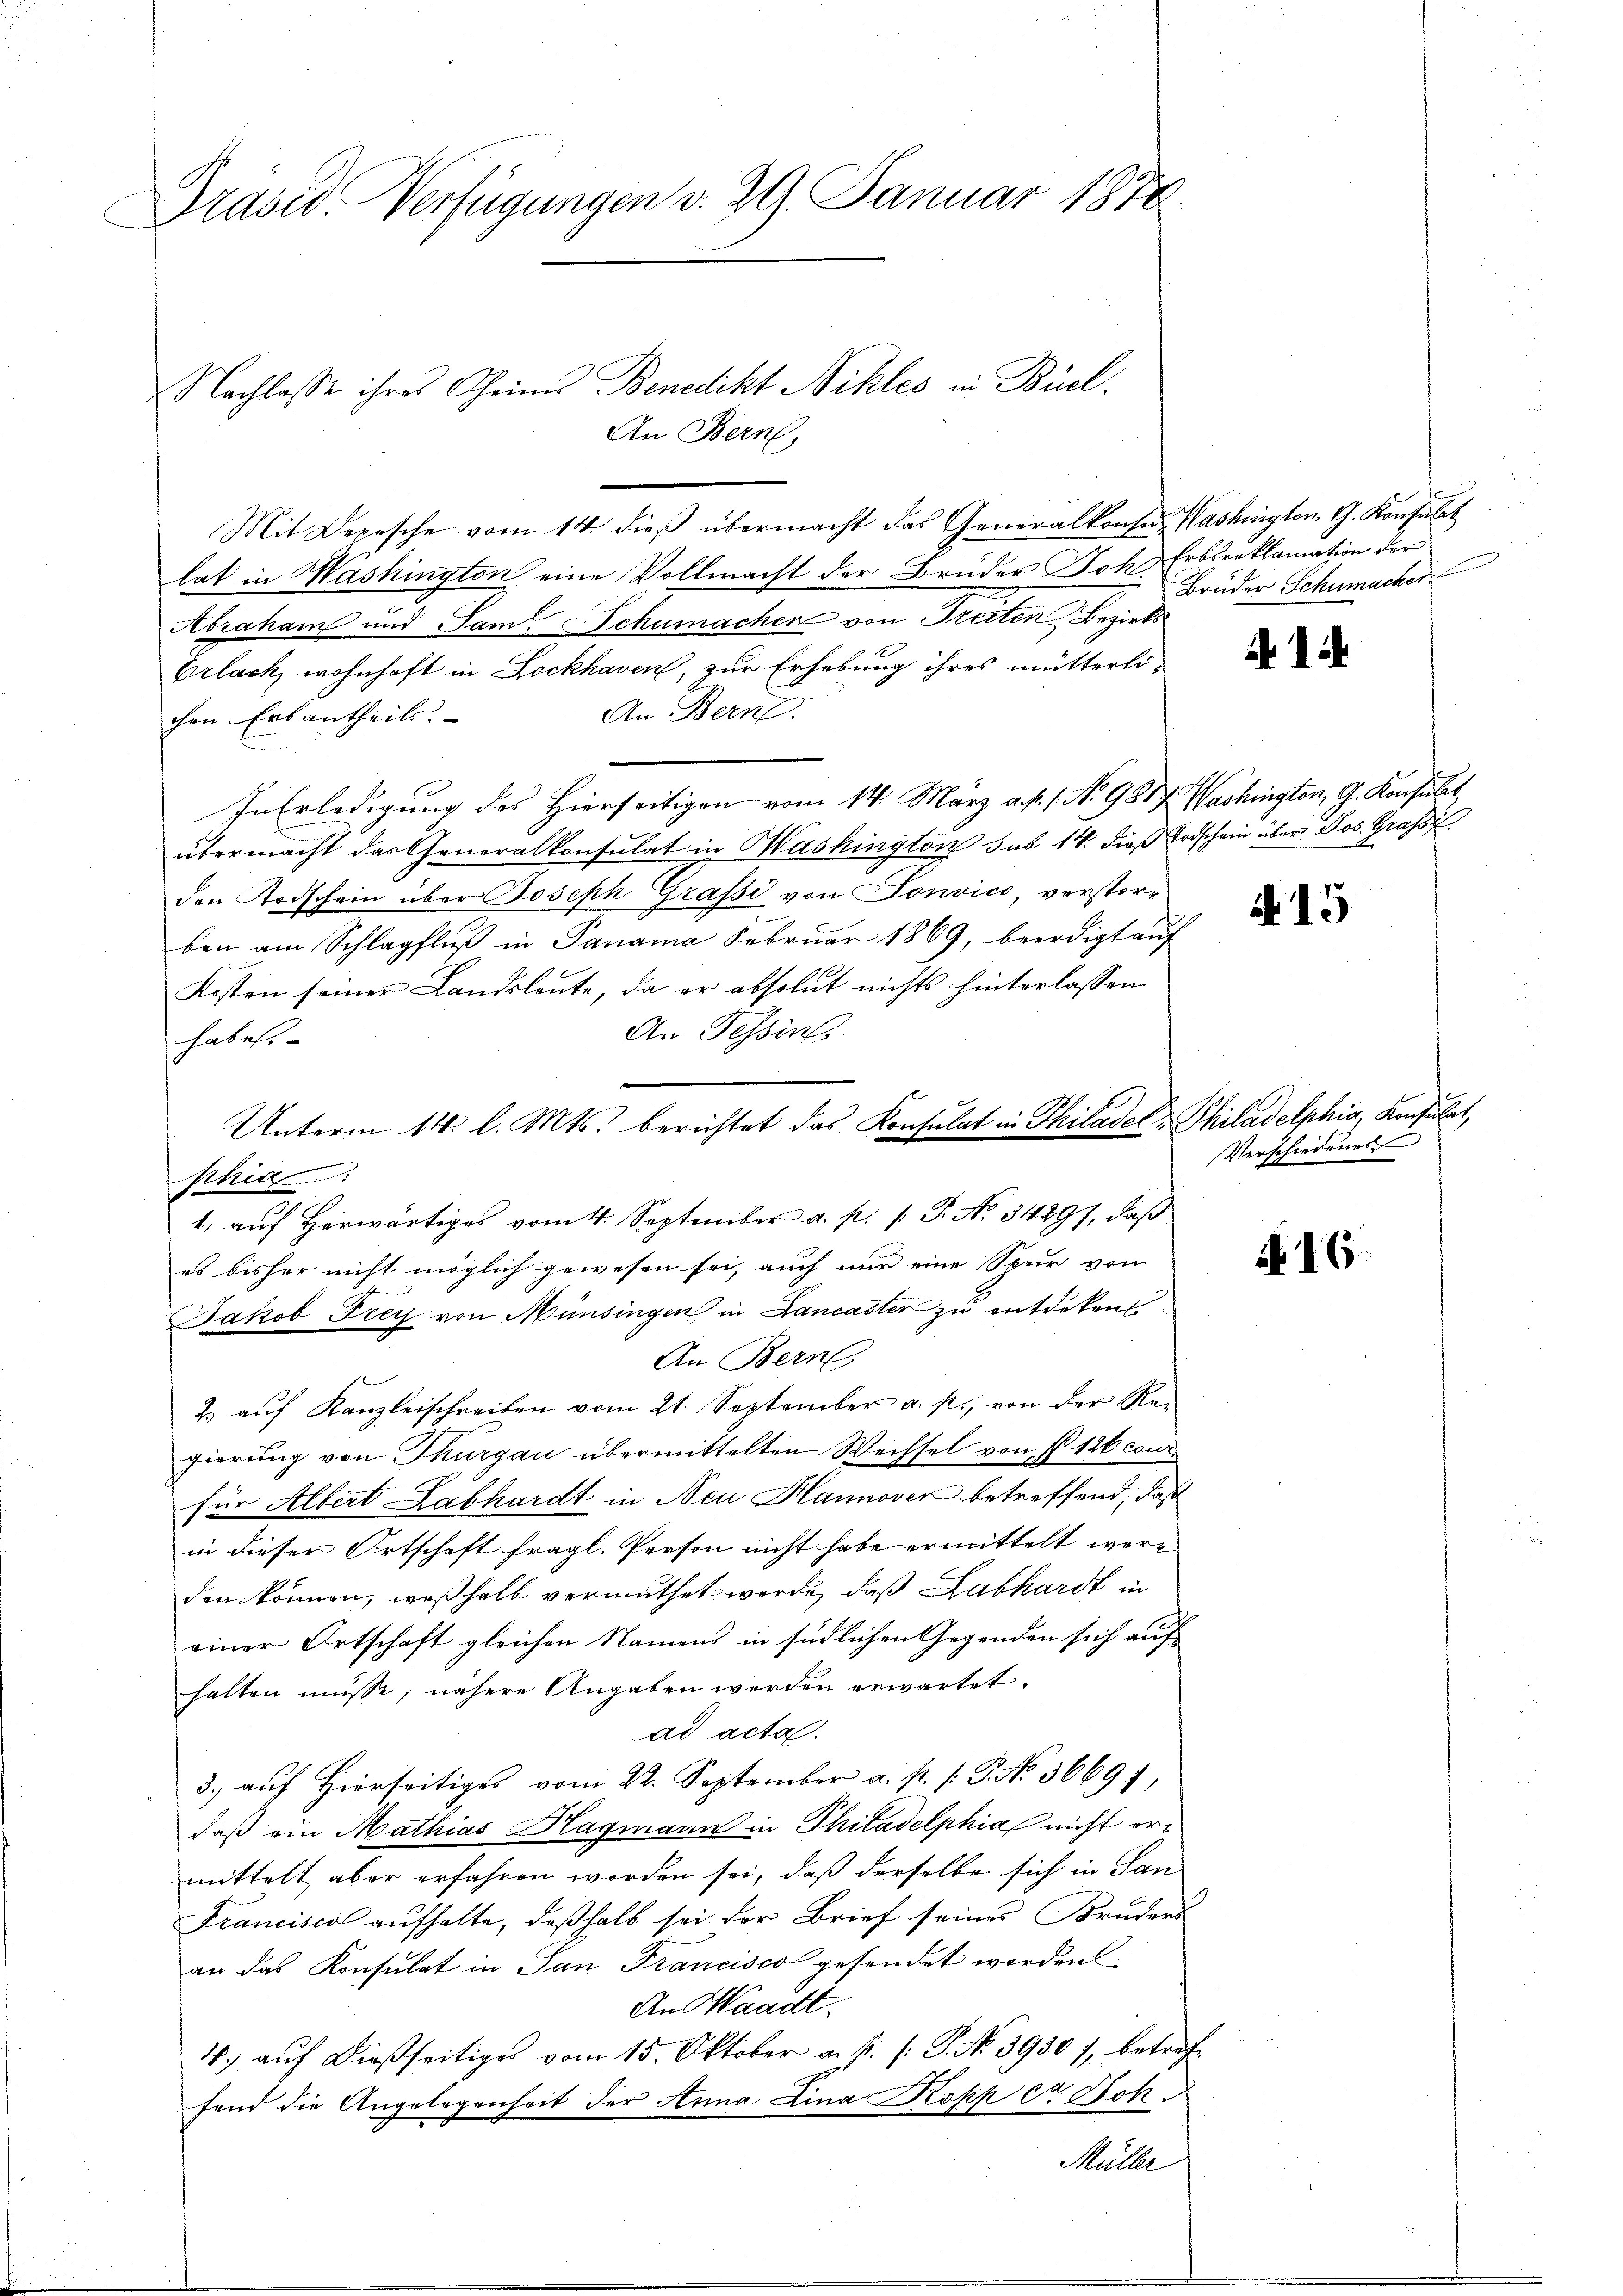
Präsid. Verfügungen v. 29. Januar 1878.

Mit Depesche vom 14. dieβ übermacht das Generalkonsu- Washington G. Konsulat
lat in Washington eine Vollmacht der Brüder Joh. Erbsreklamation der
Abraham und Samt Schumachen von Tretten Bezirks
Erlach, wohnhaft in Lockhaven, zur Erhebung ihres mütterli-
An Bern.
chen Erbantheils.
In Erledigung des Hierseitigen vom 14. März a. p. 1. No 9887. Washingten, G. Konsulat,
übermacht das Generalkonsulat in Washington sub 14. dies Todschein über Jos. Grafsi
den Todschein über Joseph Grafsi von Sonvico verstorben am Schlagfluß in Panama Februar 1869, beerdigt auf
Kosten seiner Landsleute, da er absolut nichts hinterlassen
An Tessin.
habe.
phia
1
1. auf Herwärtiges vom 4. September a. p. /: P. No. 34297, daß
es bisher nicht möglich gewesen sei, auch nur eine Spur von
Jakob Frey von Münsingen in Lancaster zu entdeken
An Bern,
1
2. aŭf Kanzleischreiben vom 21. September a. p., von der Regierung von Thurgau übermittelten Wechsel von § 126 cour
für Altert Labhardt in Neu Hannover betreffend, daß
in dieser Ortschaft fragl. Person nicht habe ermittelt wäre
den können, weßhalb vermuthet worde, daß Labhardt in
einer Ortschaft gleichen Namens in südlichen Gegenden sich auf
halten müsse, nähere Angaben werden erwartet.
ad acta.
3.) auf Hierseitiges vom 22. September a. p. s. B. No. 36697,
daß ein Mathias Hagmann in Philadelphia nicht ormittelt aber erfahren worden sei, daß derselbe sich in San
Francisco aufhalte, deßhalb sei der Brief seines Bruders
an das Konsulat in San Francisco gesendet worden
An Waadt.
4.) auf dießseitiges vom 15. Oktober a. M. (: P. No. 3930), betreffend die Angelegenheit der Anna Lina Kopp ea Soh
Müller

Nachlasse ihres Oheimes Benedikt Nikles in Büel.
An Bern,

Unterm 14. l. Mts. berichtet das Konsulat in Philadel - Philadelphia, Konsulat,

Brüder Schumacher

1

A 15

Verschiedenes

N 16